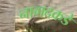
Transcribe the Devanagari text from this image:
नागदकडे